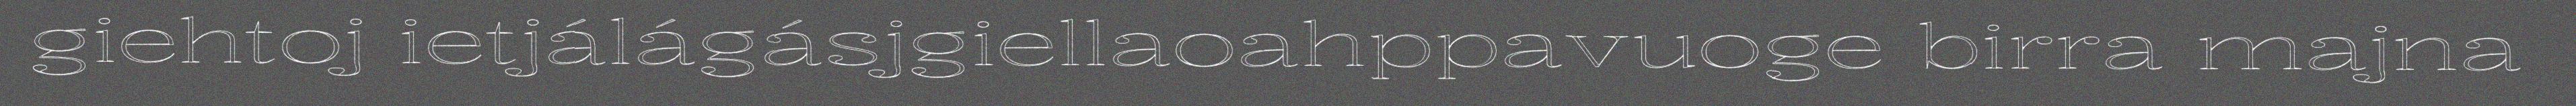
giehtoj ietjálágásjgiellaoahppavuoge birra majna